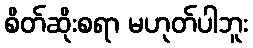
စိတ်ဆိုးစရာ မဟုတ်ပါဘူး